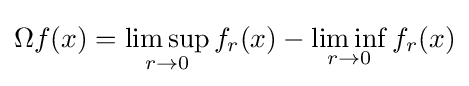
\Omega f(x)=\limsup _{r\to 0}f_{r}(x)-\liminf _{r\to 0}f_{r}(x)